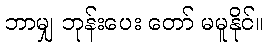
ဘာမျှ ဘုန်းပေး တော် မမူနိုင်။